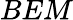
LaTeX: BEM